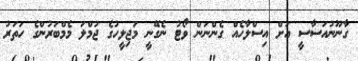
ގާނޫނުއަސާސީ އަށް އިސްލާހެއް ގެންނަން ވޯޓު ނެގޭނީ މަޖިލީހުގެ ޖުމްލަ މެމްބަރުންގެ ހަތަރު